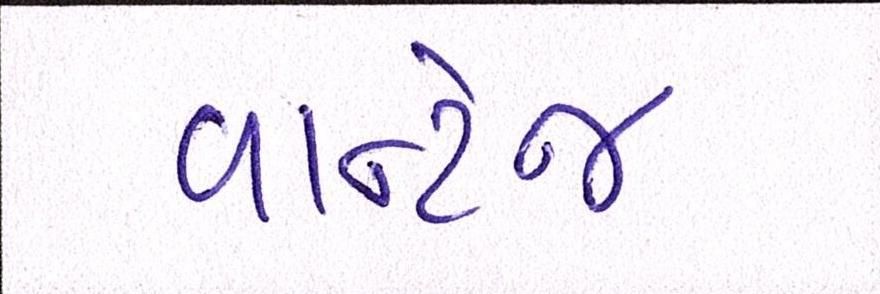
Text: વાન્ટેજ